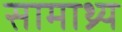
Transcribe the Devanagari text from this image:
सामाथ्र्य